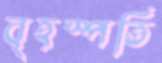
বৃহস্পতি